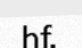
hf.